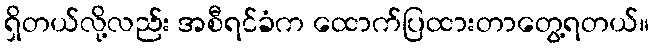
ရှိတယ်လို့လည်း အစီရင်ခံက ထောက်ပြထားတာတွေ့ရတယ်။